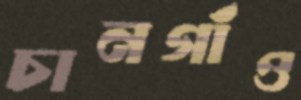
চানগাঁও